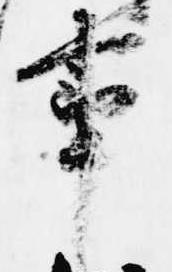
事